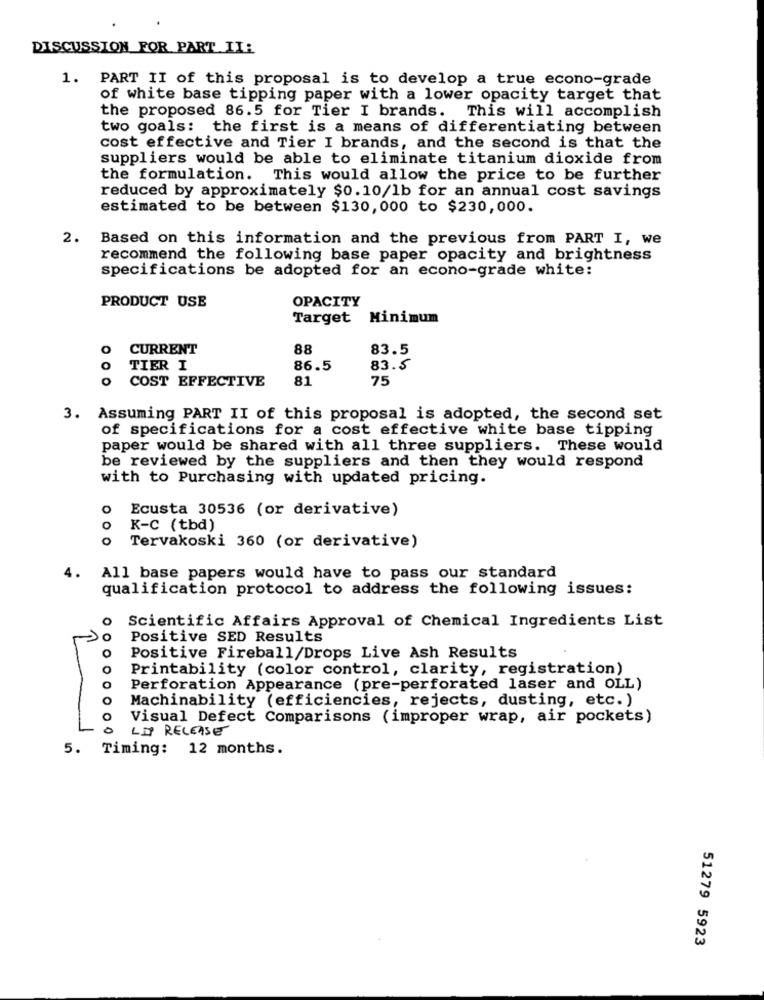
DISCUSSION FOR PART II:
1. PART II of this proposal is to develop a true econo-grade
of white base tipping paper with a lower opacity target that
the proposed 86.5 for Tier I brands. This will accomplish
two goals: the first is a means of differentiating between
cost effective and Tier I brands, and the second is that the
suppliers would be able to eliminate titanium dioxide from
the formulation. This would allow the price to be further
reduced by approximately $0.10/1b for an annual cost savings
estimated to be between $130,000 to $230,000.
2.
Based on this information and the previous from PART I, we
recommend the following base paper opacity and brightness
specifications be adopted for an econo-grade white:
PRODUCT USE
OPACITY
Target Minimum
O
CURRENT
88
83.5
TIER I
86.5
83.5
COST EFFECTIVE
81
75
3. Assuming PART II of this proposal is adopted, the second set
of specifications for a cost effective white base tipping
paper would be shared with all three suppliers. These would
be reviewed by the suppliers and then they would respond
with to Purchasing with updated pricing.
o
Ecusta 30536 (or derivative)
K-C (tbd)
Tervakoski 360 (or derivative)
All base papers would have to pass our standard
qualification protocol to address the following issues:
o
Scientific Affairs Approval of Chemical Ingredients List
o
Positive SED Results
O
Positive Fireball/Drops Live Ash Results
Printability (color control, clarity, registration)
0
Perforation Appearance (pre-perforated laser and OLL)
O
Machinability (efficiencies, rejects, dusting, etc.)
Visual Defect Comparisons (improper wrap, air pockets)
0
LIP RELEASE
5. Timing: 12 months.
51279 5923